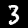
Digit: 3